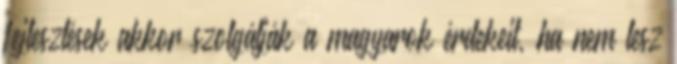
fejlesztések akkor szolgálják a magyarok érdekeit, ha nem lesz